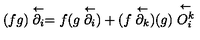
( f g ) \stackrel \leftarrow { \partial _ { i } } = f ( g \stackrel \leftarrow { \partial _ { i } } ) + ( f \stackrel \leftarrow { \partial _ { k } } ) ( g ) \stackrel \leftarrow { O _ { i } ^ { k } }